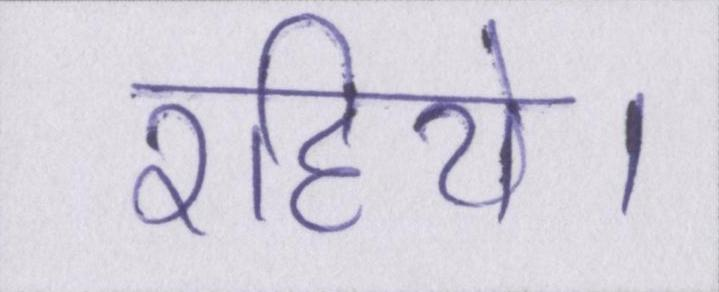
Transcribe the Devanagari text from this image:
रहिये।